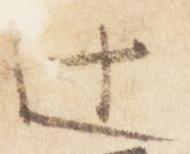
辻